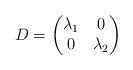
LaTeX: \begin{align*}D = \begin{pmatrix}\lambda_1 & 0 \\0 & \lambda_2\end{pmatrix}\end{align*}